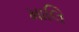
માલિ